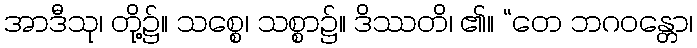
အာဒီသု၊ တို့၌။ သစ္စေ၊ သစ္စာ၌။ ဒိဿတိ၊ ၏။ “တေ ဘဂဝန္တော၊